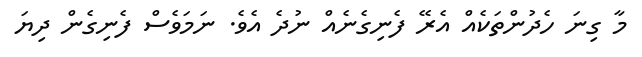
މާ ގިނަ ހެދުންތަކެއް އެރޭ ފެނިގެނެއް ނުދެ އެވެ. ނަމަވެސް ފެނިގެން ދިޔަ